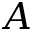
A